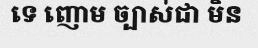
ទេ ញោម ច្បាស់ជា មិន